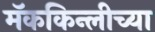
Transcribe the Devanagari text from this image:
मॅककिन्लीच्या